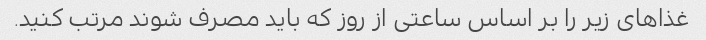
غذاهای زیر را بر اساس ساعتی از روز که باید مصرف شوند مرتب کنید.